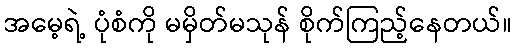
အမေ့ရဲ့ ပုံစံကို မမှိတ်မသုန် စိုက်ကြည့်နေတယ်။